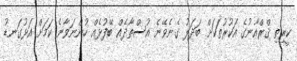
ކީރިތި ޤްރްއާނުގެ އަކުރުތަކަށް ބަދަލު ގެނެވޭނެ އުސްތާޛެއް ބޭފުޅެއް ހުންނަވާނެ ކަމަށް އަޅުގަނޑު